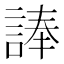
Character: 𮘗